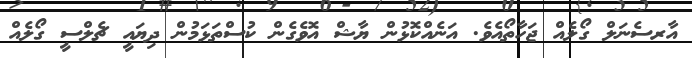
އާރސެނަލް ގޯލެއް ޖަހާތޯއެވެ. އަނެއްކޮޅުން ޔާޝް އޮވެގެން ކުސްތަޅަމުން ދިޔައީ ޗެެލްސީ ގޯލެއް